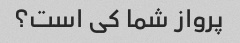
پرواز شما کی است؟